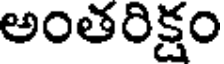
అంతరిక్షం